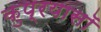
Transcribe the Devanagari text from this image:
कुप्रयासॉ